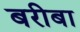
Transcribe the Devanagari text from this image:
बरीबा